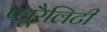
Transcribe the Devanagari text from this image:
प्लूरैलिटी